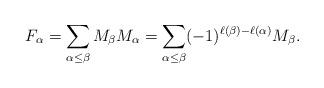
LaTeX: \begin{align*} F_{\alpha}=\sum_{\alpha\leq \beta}M_{\beta} M_{\alpha}=\sum_{\alpha\leq \beta}(-1)^{\ell(\beta)-\ell(\alpha)}M_{\beta}.\end{align*}